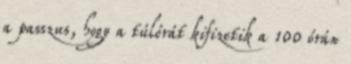
a passzus, hogy a túlórát kifizetik a 100 órán